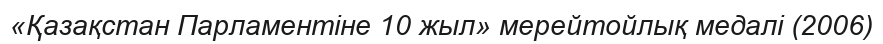
«Қазақстан Парламентіне 10 жыл» мерейтойлық медалі (2006)